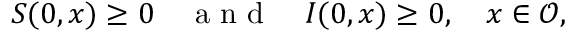
S ( 0 , x ) \geq 0 \quad \mathrm { ~ a ~ n ~ d ~ } \quad I ( 0 , x ) \geq 0 , \quad x \in \mathcal { O } ,